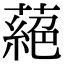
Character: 蕝